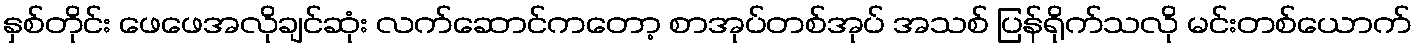
နှစ်တိုင်း ဖေဖေအလိုချင်ဆုံး လက်ဆောင်ကတော့ စာအုပ်တစ်အုပ် အသစ် ပြန်ရိုက်သလို မင်းတစ်ယောက်